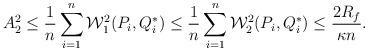
LaTeX: \begin{align*}A_2^2 \le \frac{1}{n}\sum_{i=1}^n\mathcal{W}_1^2(P_i,Q^*_i) \le \frac{1}{n}\sum_{i=1}^n\mathcal{W}_2^2(P_i,Q^*_i) \le \frac{2R_f}{\kappa n}.\end{align*}